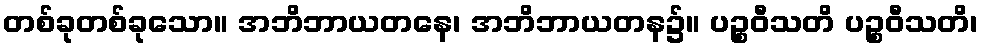
တစ်ခုတစ်ခုသော။ အဘိဘာယတနေ၊ အဘိဘာယတန၌။ ပဉ္စဝီသတိ ပဉ္စဝီသတိ၊